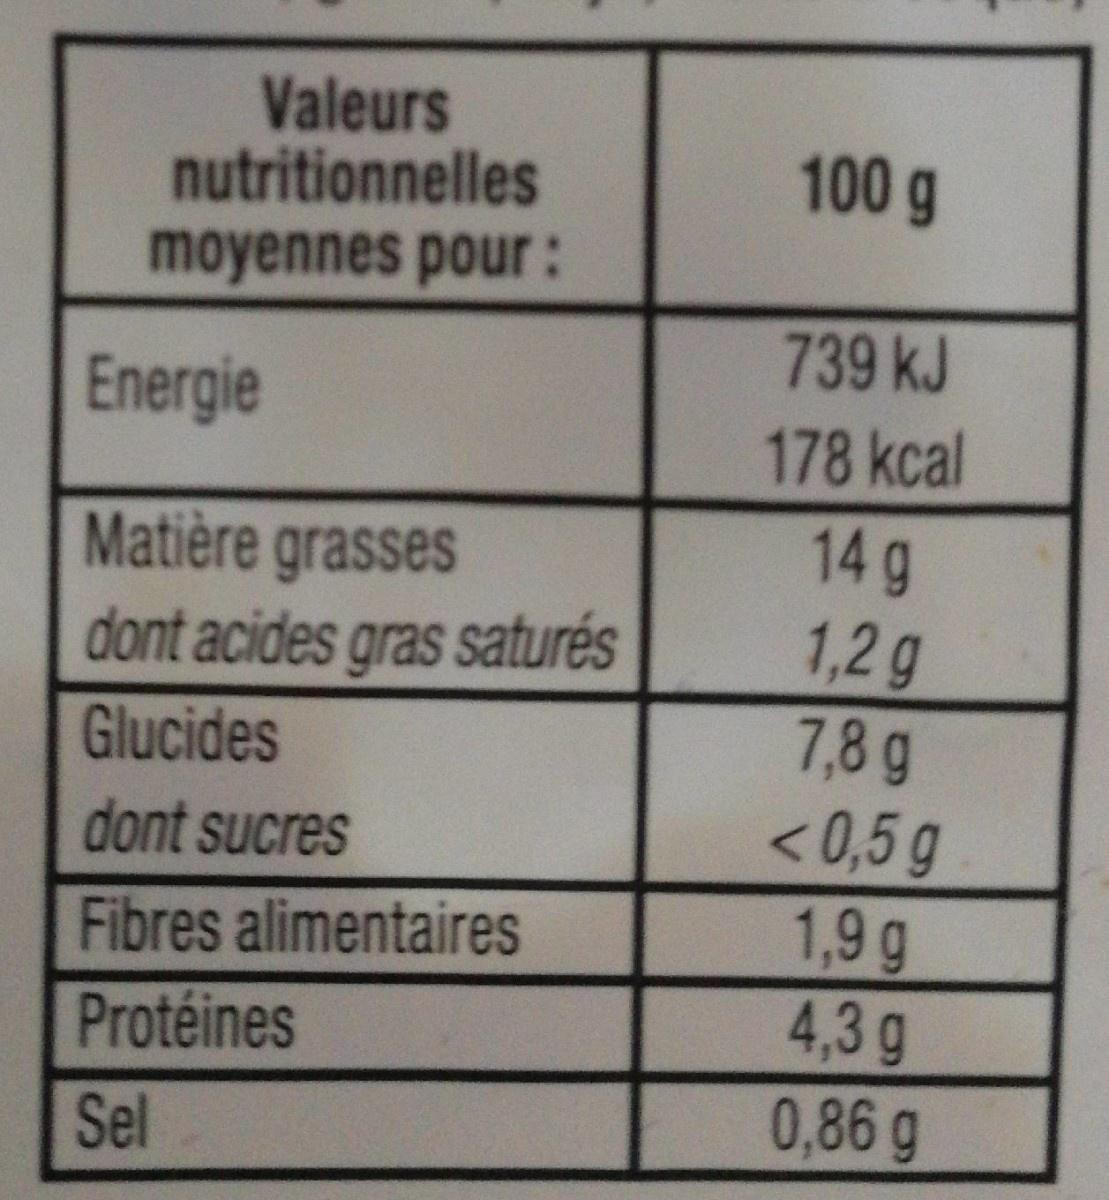
Valeurs nutritionnelles moyennes pour:
100 g
739 kJ
Energie
178 kcal
14 g 1,2g 7,8g < 0,5 g 1,9g 4,3g 0,86g
Matière grasses
dont acides gras saturés
Glucides
dont sucres
Fibres alimentaires
Protéines
Sel